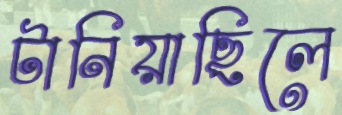
টানিয়াছিলে